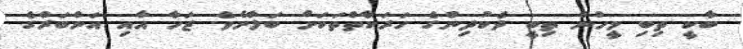
ބާކީ ތިބި މީހުން ތިބީ ދެކުދިންގެ ހަރަކާތްތަކަށް ބަލާށެވެ. ޒަހާ އާއި އަންބަރްގެ